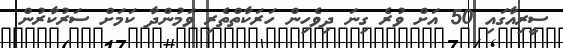
ސީރިއާގައި 50 އަށް ވުރެ ގިނަ ދިވެހިން ހަރަކާތްތެރި ވަމުންދާ ކަމަށް ސަރުކާރުން